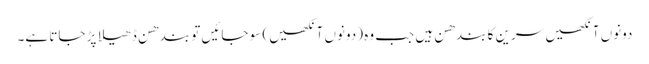
دونوں آنکھیں سرین کا بندھن ہیں جب وہ (دونوں آنکھیں) سو جائیں تو بندھن ڈھیلا پڑ جاتا ہے۔